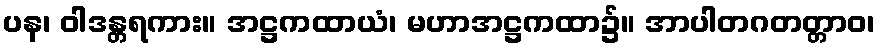
ပန၊ ဝါဒန္တရကား။ အဋ္ဌကထာယံ၊ မဟာအဋ္ဌကထာ၌။ အာပါတဂတတ္တာဝ၊